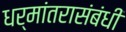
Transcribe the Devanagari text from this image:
धर्मांतरासंबंधी